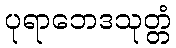
ပုရာဘေဒသုတ္တံ